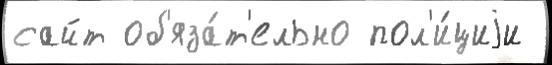
сайт об'яза́т'ельно пол'и́циjи